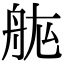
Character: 𮎅